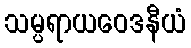
သမ္ပရာယဝေဒနီယံ